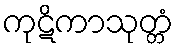
ကုဋိကာသုတ္တံ